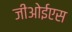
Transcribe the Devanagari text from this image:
जीओईएस